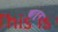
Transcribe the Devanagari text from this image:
खा़तून